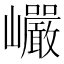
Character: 巗